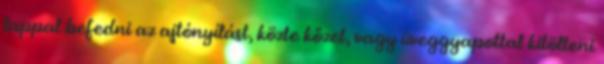
lappal befedni az ajtónyílást, közte kőzet, vagy üveggyapottal kitölteni